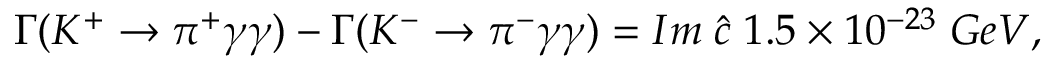
\Gamma ( K ^ { + } \rightarrow \pi ^ { + } \gamma \gamma ) - \Gamma ( K ^ { - } \rightarrow \pi ^ { - } \gamma \gamma ) = I m \; \hat { c } \; 1 . 5 \times 1 0 ^ { - 2 3 } \; G e V ,